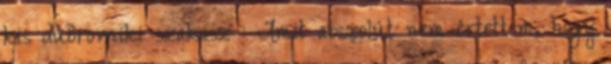
kis dubrovniki szakasz : Amit abszolút nem értettem, hogy